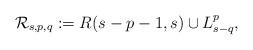
LaTeX: \begin{align*}\mathcal{R}_{s,p,q}:= R(s-p-1,s)\cup L^p_{s-q},\end{align*}